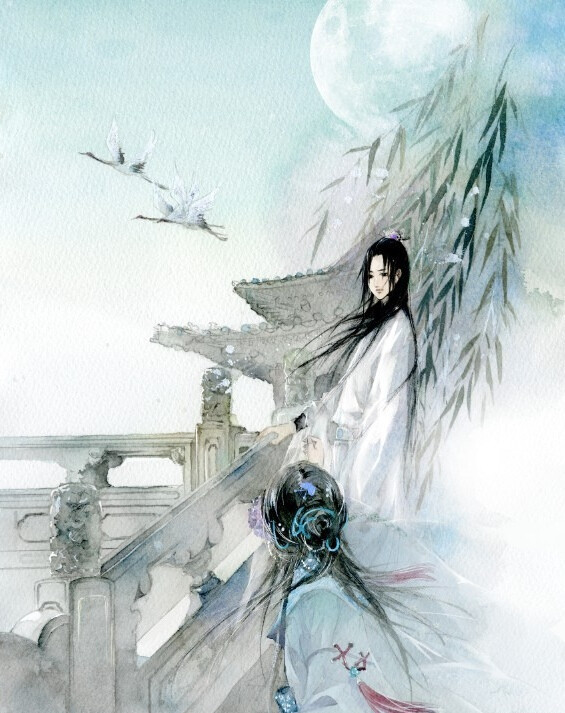
燕雁无心，太湖西畔随云去。